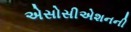
એસોસીએશનની